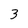
Character: 3